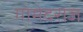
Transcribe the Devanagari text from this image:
गोमेदराज